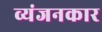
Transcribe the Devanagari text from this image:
व्यंजनकार